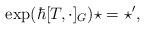
LaTeX: \begin{align*} \exp(\hbar [T,\cdot]_G) \star=\star',\end{align*}